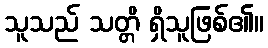
သူသည် သတ္တိ ရှိသူဖြစ်၏။